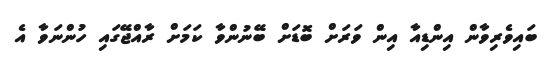
ބައިވެރިވާން އިންޑިއާ އިން ވަރަށް ބޮޑަށް ބޭނުންވާ ކަމަށް ރާއްޖޭގައި ހުންނަވާ އެ